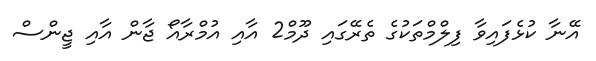
އޭނާ ކުޅެފައިވާ ފިލްމްތަކުގެ ތެރޭގައި ދޫމް2 އާއި އުމްރާއޯ ޖާން އާއި ޖީންސް